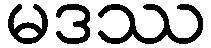
မဒဿ